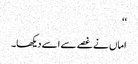
‘‘
اماں نے غصے سے اسے دیکھا۔